Annual report on the working of the mental hospitals in the Madras Presidency - 1912-1932
Year: 1912
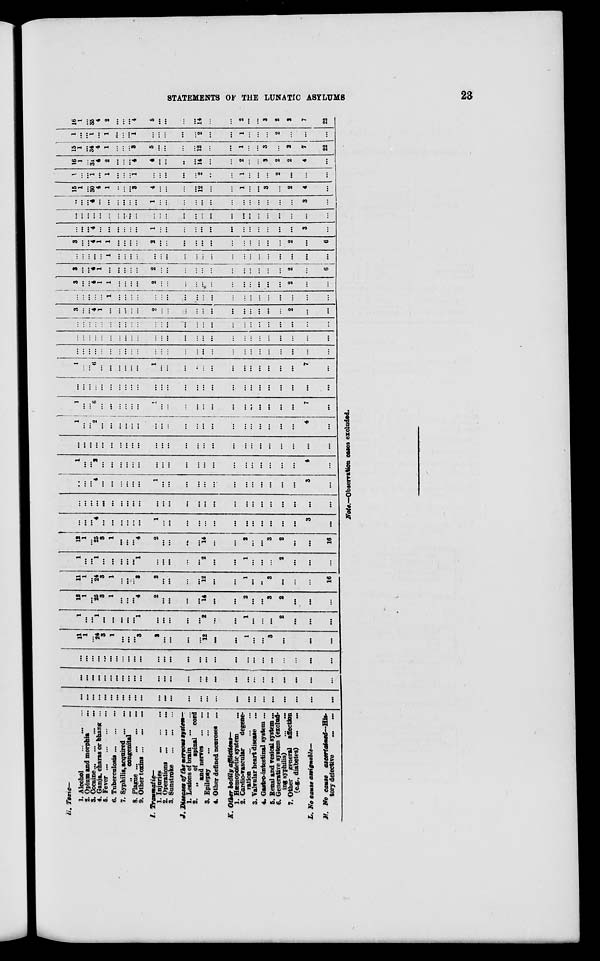
STATEMENTS OF THE LUNATIC ASYLUMS
23
H. Toxic—
1. Alcohol ... ... ...
2. Opium and morphia ...
3. Cocaine ... ... ... ...
4. Ganja, charas or bhang ...
5. Fever
...
...
...
...
6. Tuberculosis ... ... ...
7. Syphilis, acquired ... ...
„ congenital
...
8. Plague ... ... ... ...
9. Other toxins ...
...
...
I. Traumatic—
1. Injuries
...
...
...
2. Operations
...
... ...
3. Sunstroke
...
... ...
J. Diseases of the nervous system—
1. Lesions of brain
...
...
2.
„
of spinal
cord
and nerves ...
...
3. Epilepsy
...
...
...
4. Other defined neuroses ...
K. Other bodily afflictions—
1. Hæmopoietic system
...
2. Cardio-vascular
degene-
ration
...
...
...
3. Valvular heart disease ...
4. Gastro-intestinal system ...
5. Renal and vesical system ...
6. Generative system (exclud-
ing syphilis)
...
...
7. Other general affection
(e.g., diabetes)
...
...
L. No cause assignable—
M. No cause ascertained—His-
tory defective ... ...
...
...
...
...
...
...
...
...
...
...
...
...
...
...
...
...
...
...
...
...
...
...
...
...
...
...
...
...
...
...
...
...
...
...
...
...
...
...
...
...
...
...
...
...
...
...
...
...
...
...
...
...
...
...
...
...
...
...
...
...
...
...
...
...
...
...
...
...
...
...
...
...
...
...
...
...
...
...
11
1
...
24
3
1
...
...
...
3
2
...
...
...
...
12
...
...
1
...
...
3
...
...
...
...
1
...
...
1
...
...
...
...
...
1
...
...
...
...
...
2
...
...
1
...
...
...
2
...
...
...
12
1
...
25
3
1
...
...
...
4
2
...
...
...
...
14
...
...
2
...
...
3
2
...
...
...
11
1
...
24
3
1
...
...
...
3
2
...
...
...
...
12
...
...
1
...
...
3
...
...
...
16
1
...
...
1
...
...
...
...
...
1
...
...
...
...
...
2
...
...
1
...
...
...
2
...
...
...
12
1
...
25
3
1
...
...
...
4
2
...
...
...
...
14
...
...
2
...
...
3
2
...
...
16
...
...
...
4
...
...
...
...
...
...
1
...
...
...
...
...
...
...
...
...
...
...
...
...
3
...
...
...
...
...
...
...
...
...
...
...
...
...
...
...
...
...
...
...
...
...
...
...
...
...
...
...
...
...
...
4
...
...
...
...
...
...
1
...
...
...
...
...
...
...
...
...
...
...
...
...
3
...
1
...
...
2
...
...
...
...
...
...
...
...
...
...
...
...
...
...
...
...
...
...
...
...
4
...
...
...
...
...
...
...
...
...
...
...
...
...
...
...
...
...
...
...
...
...
...
...
...
...
...
...
1
...
...
2
...
...
...
...
...
...
...
...
...
...
...
...
...
...
...
...
...
...
...
...
4
...
1
...
...
6
...
...
...
...
...
...
1
...
...
...
...
...
...
...
...
...
...
...
...
...
7
...
...
...
...
...
...
...
...
...
...
...
...
...
...
...
...
...
...
...
...
...
...
...
...
...
...
...
1
...
...
6
...
...
...
...
...
...
1
...
...
...
...
...
...
...
...
...
...
...
...
...
7
...
...
...
...
...
...
...
...
...
...
...
...
...
...
...
...
...
...
...
...
...
...
...
...
...
...
...
...
...
...
...
...
...
...
...
...
...
...
...
...
...
...
...
...
...
...
...
...
...
...
...
...
...
...
...
...
...
...
...
...
...
...
...
...
...
...
...
...
...
...
...
...
...
...
...
...
...
...
...
3
...
...
4
1
...
...
...
...
...
2
...
...
...
...
...
...
...
...
...
...
...
...
2
...
...
...
...
...
...
...
1
...
...
...
...
...
...
...
...
...
...
...
...
...
...
...
...
...
...
...
...
3
...
...
4
1
1
...
...
...
...
2
...
...
...
...
...
...
...
...
...
...
...
...
2
...
...
3
...
...
4
1
...
...
...
...
...
2
...
...
...
...
...
...
...
...
...
...
...
...
2
...
6
...
...
...
...
...
1
...
...
...
...
...
...
...
...
...
...
...
...
...
...
...
...
...
...
...
...
3
...
...
4
1
1
...
...
...
...
2
...
...
...
...
...
...
...
...
...
...
...
...
2
...
6
...
...
...
4
...
...
...
...
...
...
1
...
...
...
...
...
...
...
...
...
...
...
...
...
3
...
...
...
...
...
...
....
...
...
...
...
...
...
...
...
...
...
...
...
...
...
...
...
...
...
...
...
...
...
...
4
...
...
...
...
...
...
1
...
...
...
...
...
...
...
...
...
...
...
...
...
3
...
15
1
...
30
4
1
...
...
...
3
4
...
...
...
...
12
...
...
1
...
...
3
...
2
4
...
1
...
...
1
...
1
...
...
...
1
...
...
...
...
...
2
...
...
1
...
...
...
2
...
...
...
16
1
...
31
4
2
...
...
...
4
4
...
...
...
...
14
...
...
2
...
...
3
2
2
4
...
15
1
...
34
4
1
...
...
...
3
5
...
...
...
...
12
...
...
1
...
...
3
...
2
7
22
1
...
...
1
...
1
...
...
...
1
...
...
...
...
...
2
...
...
1
...
...
...
2
...
...
...
16
1
...
35
4
2
...
...
...
4
5
...
...
...
...
14
...
...
2
...
...
3
2
2
7
22
Note.—Observation cases excluded.